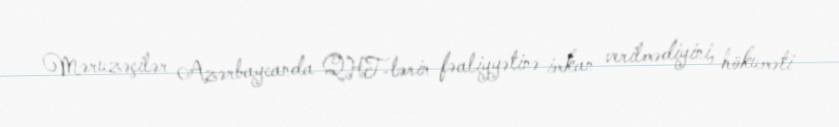
Məruzəçilər Azərbaycanda QHT-lərin fəaliyyətinə imkan verilmədiyini, hökuməti